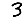
Digit: 3